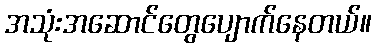
အသုံးအဆောင်တွေပျောက်နေတယ်။